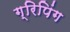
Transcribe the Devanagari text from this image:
ग्रिपिंग